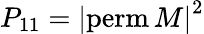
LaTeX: P_{11}=\left|\mathrm{perm}\, {M}\right|^{2}